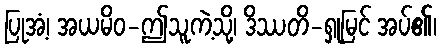
ပြုအံ့၊ အယမိဝ-ဤသူကဲ့သို့၊ ဒိဿတိ-ရှုမြင် အပ်၏၊